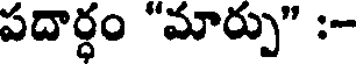
పదార్ధం "మార్పు" :-